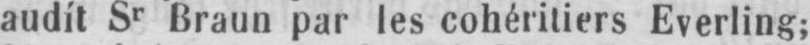
audít Sr Braun par les cohéritiers Everling;